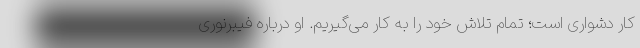
کار دشواری است؛ تمام تلاش خود را به کار می‌گیریم. او درباره فیبرنوری